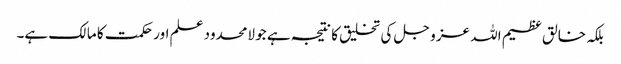
بلکہ خالق عظیم اللہ عز و جل کی تخلیق کا نتیجہ ہے جو لامحدود علم اور حکمت کا مالک ہے۔